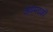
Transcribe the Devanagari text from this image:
अवमदकों